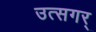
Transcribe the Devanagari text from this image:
उत्सगर्